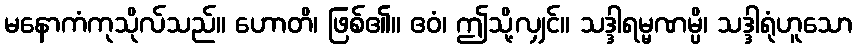
မနောကံကုသိုလ်သည်။ ဟောတိ၊ ဖြစ်၏။ ဧဝံ၊ ဤသို့လျှင်။ သဒ္ဒါရမ္မဏမ္ပိ၊ သဒ္ဒါရုံဟူသော